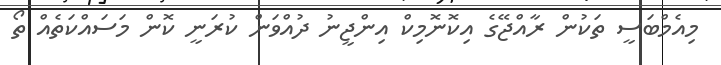
މިއެމްބަސީ ތަކުން ރާއްޖޭގެ އިކޮނޮމިކް އިންޖީނު ދުއްވަން ކުރަނީ ކޮން މަސައްކަތެއް ތޯ